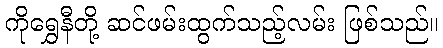
ကိုရွှေနီတို့ ဆင်ဖမ်းထွက်သည့်လမ်း ဖြစ်သည်။